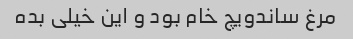
مرغ ساندویچ خام بود و این خیلی بده